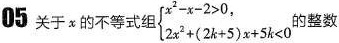
05 关于x的不等式$$\begin{cases} x^{2}-x-2>0, \\ 2x^{2}+(2k+5)x+5k<0\end{cases}$$整数